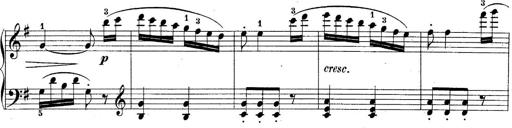
Title: 10 Sonatines progressives
Composer: Anton Schmoll